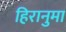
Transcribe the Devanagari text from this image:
हिरानुमा